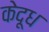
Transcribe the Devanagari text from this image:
केदूध